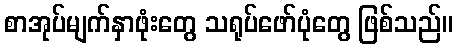
စာအုပ်မျက်နှာဖုံးတွေ သရုပ်ဖော်ပုံတွေ ဖြစ်သည်။